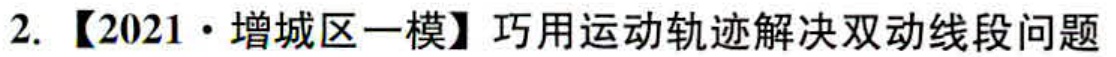
2. 【2021·增城区一模】巧用运动轨迹解决双动线段问题